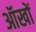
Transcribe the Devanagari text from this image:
ऑखों